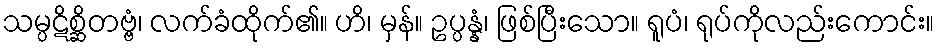
သမ္ပဋိစ္ဆိတဗ္ဗံ၊ လက်ခံထိုက်၏။ ဟိ၊ မှန်။ ဥပ္ပန္နံ၊ ဖြစ်ပြီးသော။ ရူပံ၊ ရုပ်ကိုလည်းကောင်း။